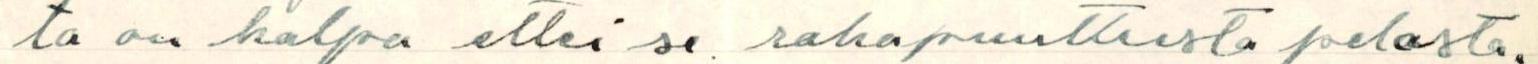
ta on halpa ettei se rahapuutteesta pelasta.